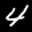
Label: 4